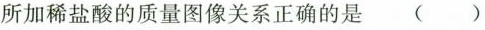
所加稀盐酸的质量图像关系正确的是 (